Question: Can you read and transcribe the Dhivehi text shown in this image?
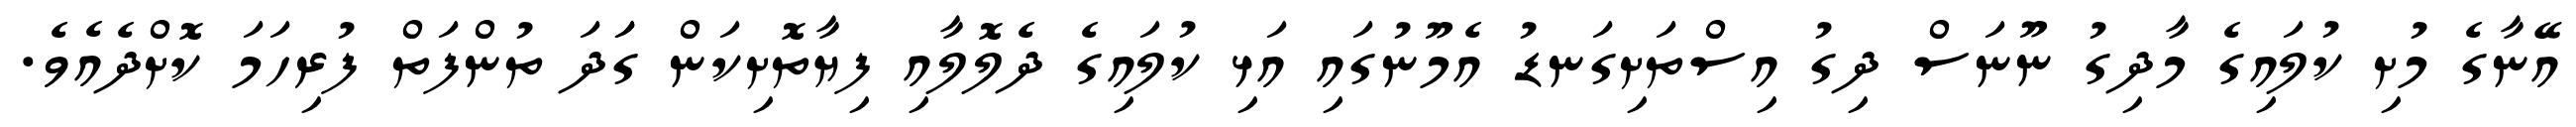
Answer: އޭނާގެ މުށި ކުލައިގެ މާދިގު ނޫނަސް ދިގު އިސްތަށިގަނޑު އެމޫނުގައި އަޅި ކުލައިގެ ދެލޮލާއި ފިޔާތޮށިކަން ގަަދަ ތުންފަތް ފުރިހަމަ ކޮށްދެއެވެ.